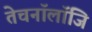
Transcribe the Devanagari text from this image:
तेचनॉलॉजि